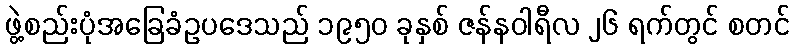
ဖွဲ့စည်းပုံအခြေခံဥပဒေသည် ၁၉၅၀ ခုနှစ် ဇန်နဝါရီလ ၂၆ ရက်တွင် စတင်